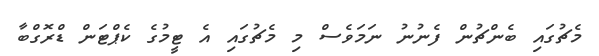
މެޗުގައި ބެންޗުން ފެނުނު ނަމަވެސް މި މެޗުގައި އެ ޓީމުގެ ކެޕްޓަން ޑްރޮގްބާ